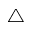
\bigtriangleup